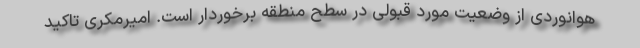
هوانوردی از وضعیت مورد قبولی در سطح منطقه برخوردار است. امیرمکری تاکید